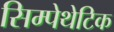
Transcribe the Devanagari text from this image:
सिम्पेथेटिक